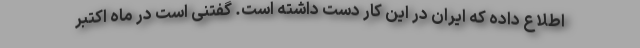
اطلاع داده که ایران در این کار دست داشته است. گفتنی است در ماه اکتبر